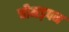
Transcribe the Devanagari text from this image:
चीमड़पन